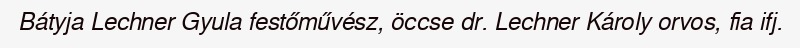
Bátyja Lechner Gyula festőművész, öccse dr. Lechner Károly orvos, fia ifj.